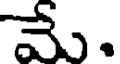
మే.